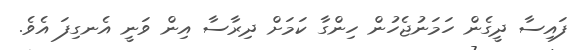
ފައިސާ ދީގެން ހަމަނުޖެހުން ހިންގާ ކަމަށް ދިރާސާ އިން ވަނީ އެނގިފަ އެވެ.